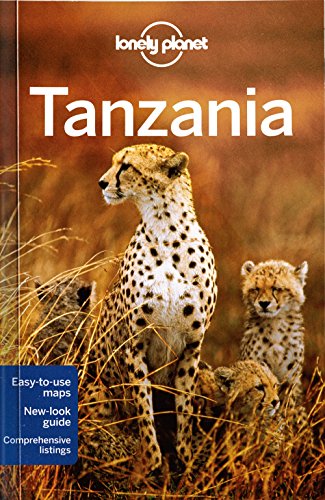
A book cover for Lonely Planet Tanzania (Travel Guide); Lonely Planet; Travel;